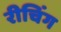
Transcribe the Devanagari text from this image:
रीचिंग